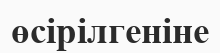
өсірілгеніне